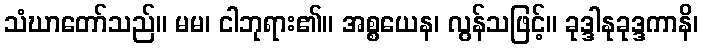
သံဃာတော်သည်။ မမ၊ ငါဘုရား၏။ အစ္စယေန၊ လွန်သဖြင့်။ ခုဒ္ဒါနုခုဒ္ဒကာနိ၊